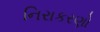
નિરાકરણો